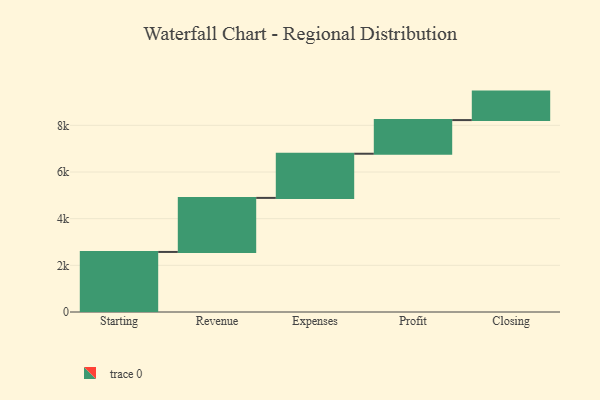
{"axis": {"x": "Step", "y": "Value"}, "legend": [""], "data": [{"x": "Starting", "y": 2574.0, "type": ""}, {"x": "Revenue", "y": 2316.0, "type": ""}, {"x": "Expenses", "y": 1893.0, "type": ""}, {"x": "Profit", "y": 1442.0, "type": ""}, {"x": "Closing", "y": 1221.0, "type": ""}]}